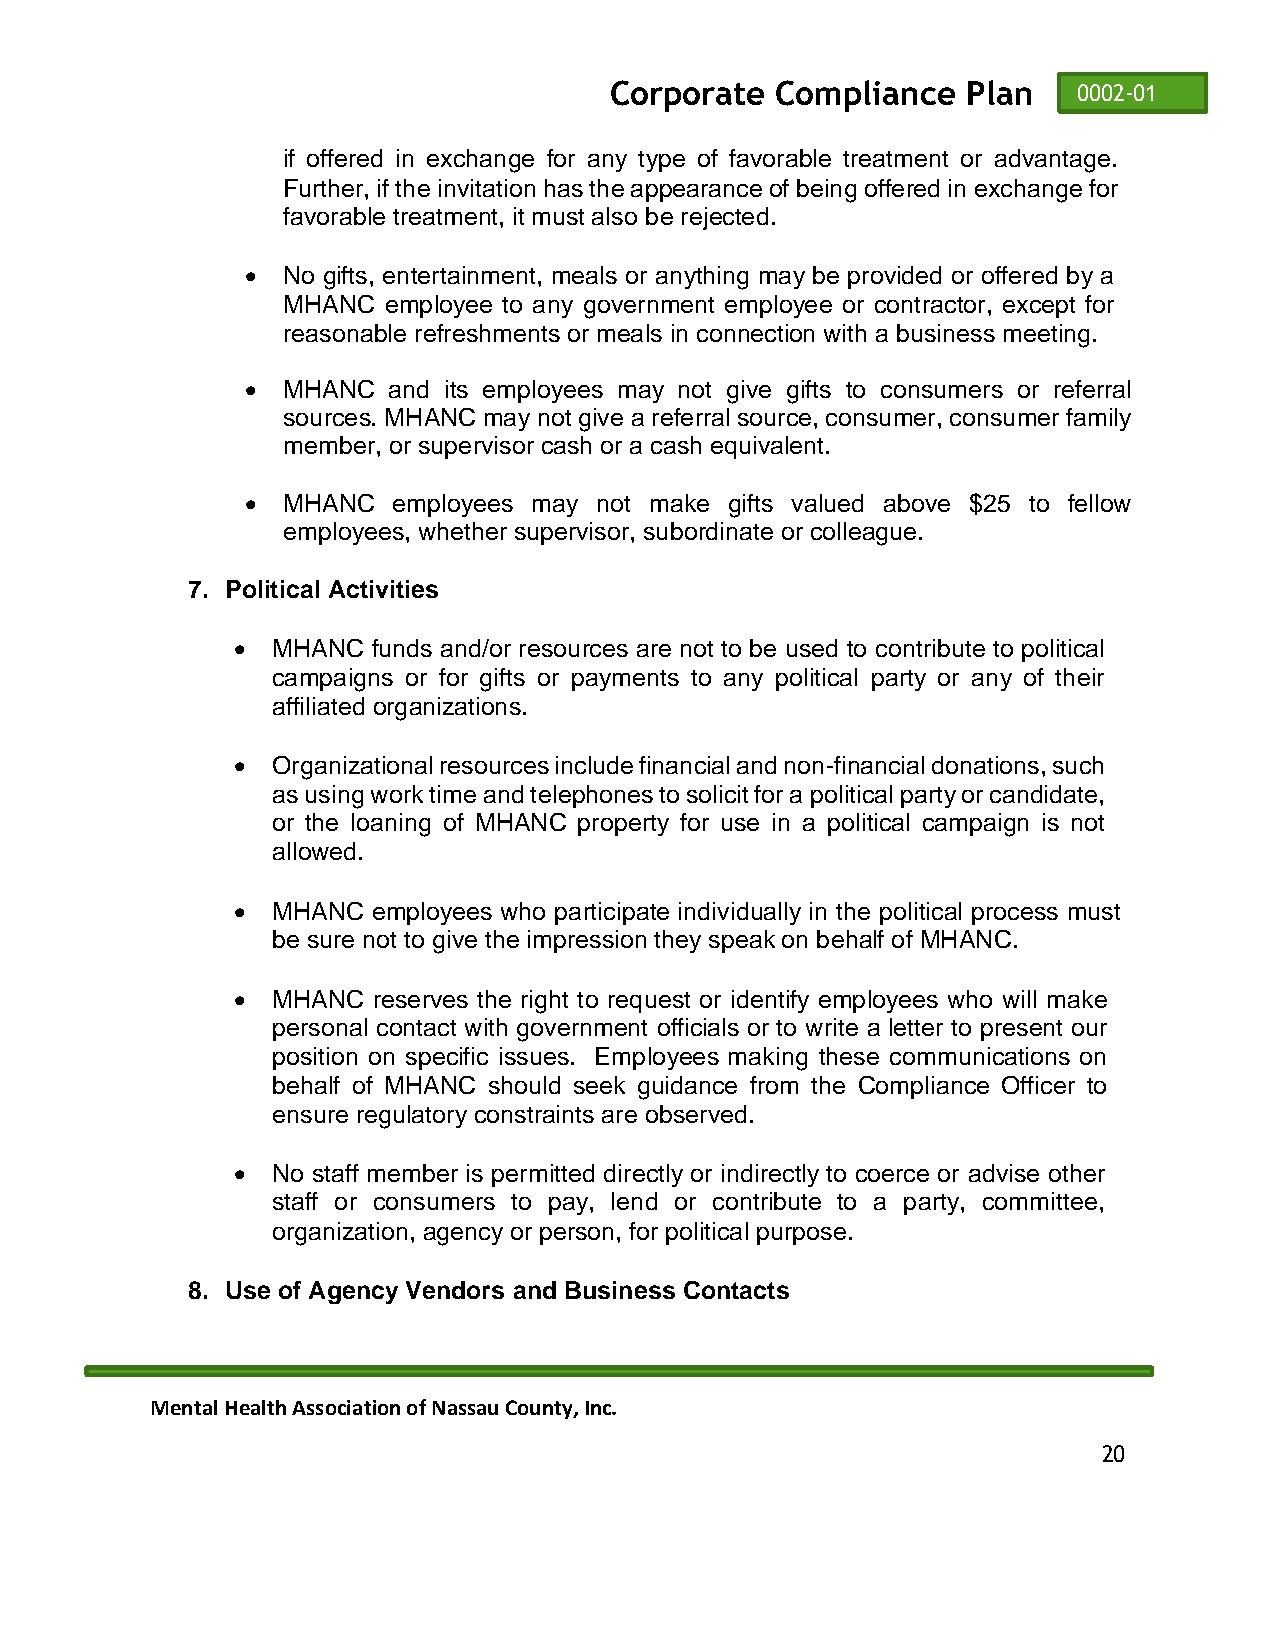
Corporate  Compliance   Plan   0002-01
 if offered in exchange for any type of favorable treatment or advantage.
 Further, if the invitation has the appearance of being offered in exchange for
 favorable treatment, it must also be rejected.
 •  No gifts, entertainment, meals or anything may be provided or offered by a
 MHANC employee to any government employee or contractor, except for
 reasonable refreshments or meals in connection with a business meeting.
 •  MHANC  and its employees may not give gifts to consumers or referral
 sources. MHANC may not give a referral source, consumer, consumer family
 member, or supervisor cash or a cash equivalent.
 •  MHANC  employees may not make gifts valued above $25 to fellow
 employees, whether supervisor, subordinate or colleague.
 7. Political Activities
 • MHANC  funds and/or resources are not to be used to contribute to political
 campaigns or for gifts or payments to any political party or any of their
 affiliated organizations.
 • Organizational resources include financial and non-financial donations, such
 as using work time and telephones to solicit for a political party or candidate,
 or the loaning of MHANC property for use in a political campaign is not
 allowed.
 • MHANC  employees who participate individually in the political process must
 be sure not to give the impression they speak on behalf of MHANC.
 • MHANC  reserves the right to request or identify employees who will make
 personal contact with government officials or to write a letter to present our
 position on specific issues. Employees making these communications on
 behalf of MHANC should seek guidance from the Compliance Officer to
 ensure regulatory constraints are observed.
 • No staff member is permitted directly or indirectly to coerce or advise other
 staff or consumers to pay, lend or contribute to a party, committee,
 organization, agency or person, for political purpose.
 8. Use of Agency Vendors and Business Contacts
 Mental Health Association of Nassau County, Inc.
 20